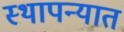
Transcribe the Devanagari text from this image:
स्थापन्यात